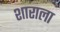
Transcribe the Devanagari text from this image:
शाराला